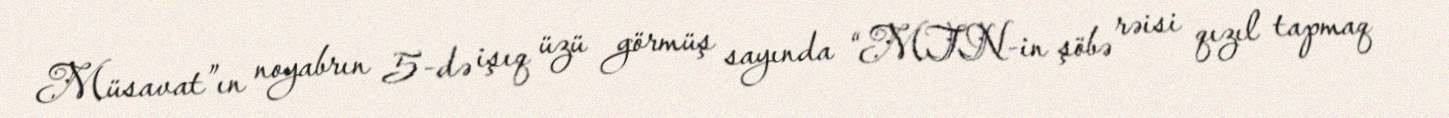
Müsavat”ın noyabrın 5-də işıq üzü görmüş sayında “MTN-in şöbə rəisi qızıl tapmaq